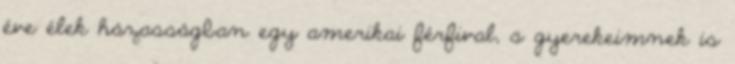
éve élek házasságban egy amerikai férfival, s gyerekeimnek is